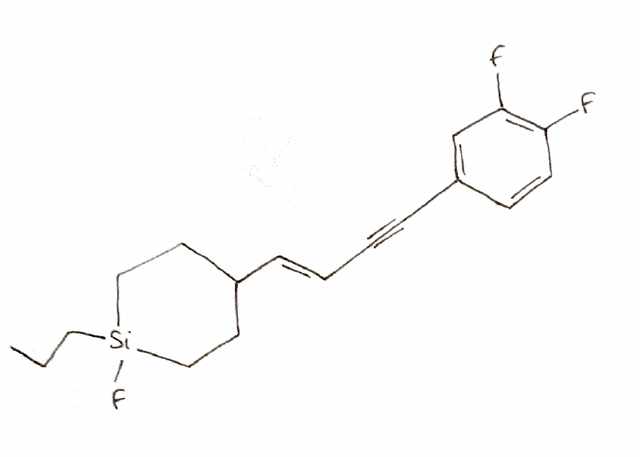
Simplified molecular-input line-entry system (SMILES) notation of the given molecule:
CCC[Si]1(CCC(CC1)/C=C/C#CC2=CC(=C(C=C2)F)F)F